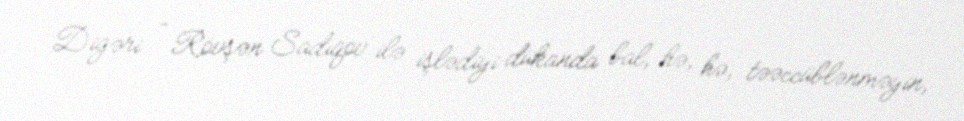
Digəri - Rövşən Sadıqov ilə işlədiyi dükanda bal, hə, hə, təəccüblənməyin,